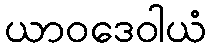
ယာဝဒေဝါယံ